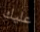
عليك